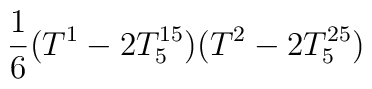
\frac{1}{6}(T^{1}-2T_{5}^{15})(T^{2}-2T_{5}^{25})